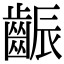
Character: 𪘝